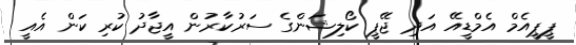
ޕީޕީއެމް އެމްޑީއޭ އަދި ޖޭޕީ ކޯލިޝަންގެ ސަރުކާރުން އީޖާދު ކުރި ކަން އެއީ